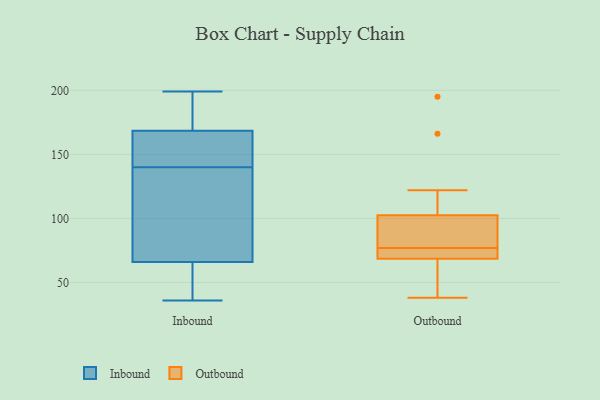
{"axis": {"x": "Backlog", "y": "Value"}, "legend": ["Inbound", "Outbound"], "data": [{"x": "", "y": 78, "type": "Inbound"}, {"x": "", "y": 184, "type": "Inbound"}, {"x": "", "y": 170, "type": "Inbound"}, {"x": "", "y": 123, "type": "Inbound"}, {"x": "", "y": 194, "type": "Inbound"}, {"x": "", "y": 199, "type": "Inbound"}, {"x": "", "y": 167, "type": "Inbound"}, {"x": "", "y": 57, "type": "Inbound"}, {"x": "", "y": 152, "type": "Inbound"}, {"x": "", "y": 148, "type": "Inbound"}, {"x": "", "y": 132, "type": "Inbound"}, {"x": "", "y": 153, "type": "Inbound"}, {"x": "", "y": 58, "type": "Inbound"}, {"x": "", "y": 36, "type": "Inbound"}, {"x": "", "y": 37, "type": "Inbound"}, {"x": "", "y": 74, "type": "Inbound"}, {"x": "", "y": 83, "type": "Outbound"}, {"x": "", "y": 96, "type": "Outbound"}, {"x": "", "y": 166, "type": "Outbound"}, {"x": "", "y": 71, "type": "Outbound"}, {"x": "", "y": 63, "type": "Outbound"}, {"x": "", "y": 195, "type": "Outbound"}, {"x": "", "y": 92, "type": "Outbound"}, {"x": "", "y": 72, "type": "Outbound"}, {"x": "", "y": 77, "type": "Outbound"}, {"x": "", "y": 122, "type": "Outbound"}, {"x": "", "y": 38, "type": "Outbound"}, {"x": "", "y": 69, "type": "Outbound"}, {"x": "", "y": 67, "type": "Outbound"}]}